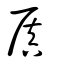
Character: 厧